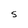
Character: S